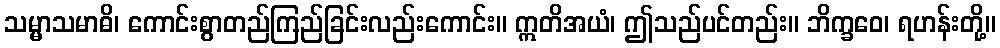
သမ္မာသမာဓိ၊ ကောင်းစွာတည်ကြည်ခြင်းလည်းကောင်း။ ဣတိအယံ၊ ဤသည်ပင်တည်း။ ဘိက္ခဝေ၊ ရဟန်းတို့။